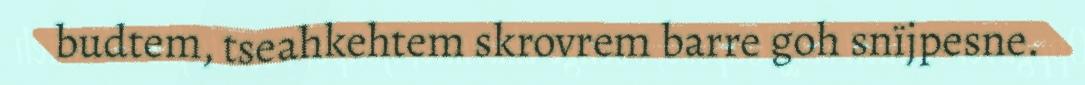
budtem, tseahkehtem skrovrem barre goh snïjpesne.